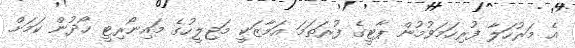
އެ މަރުހަލާ ފުރިހަމަވުމުން ޕާޓީގެ ފުރަތަމަ އަމާޒަކީ މަޖިލީހުގެ މައިނޯރިޓީ ހޯދުން ކަމަށް